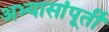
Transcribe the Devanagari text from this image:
अभ्यासांपूर्ती